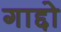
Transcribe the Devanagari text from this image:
गाद्दो